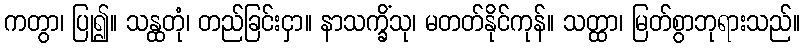
ကတွာ၊ ပြု၍။ သန္ထတုံ၊ တည်ခြင်းငှာ။ နာသက္ခိံသု၊ မတတ်နိုင်ကုန်။ သတ္ထာ၊ မြတ်စွာဘုရားသည်။